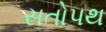
સતોપથ